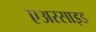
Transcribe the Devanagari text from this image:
एअरसाइड